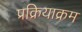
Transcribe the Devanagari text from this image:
प्रक्रियाक्रम